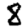
Digit: 8